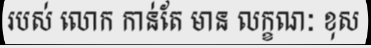
របស់ លោក កាន់តែ មាន លក្ខណៈ ខុស